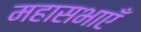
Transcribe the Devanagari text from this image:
महासभाएँ